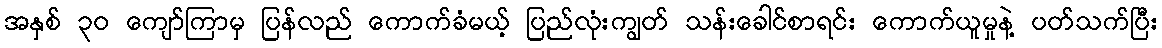
အနှစ် ၃၀ ကျော်ကြာမှ ပြန်လည် ကောက်ခံမယ့် ပြည်လုံးကျွတ် သန်းခေါင်စာရင်း ကောက်ယူမှုနဲ့ ပတ်သက်ပြီး